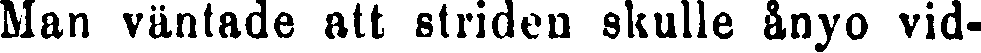
Man väntade att striden skulle ånyo vid-